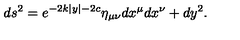
d s ^ { 2 } = e ^ { - 2 k | y | - 2 c } \eta _ { \mu \nu } d x ^ { \mu } d x ^ { \nu } + d y ^ { 2 } . \,